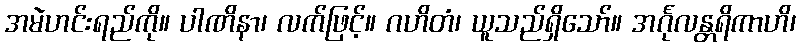
အမဲဟင်းရည်ကို။ ပါဏိနာ၊ လက်ဖြင့်။ ဂဟိတံ၊ ယူသည်ရှိသော်။ အင်္ဂုလန္တရိကာဟိ၊